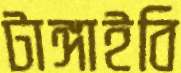
টাঙ্গাইবি